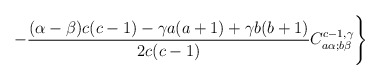
\begin{align*}- \frac{(\alpha-\beta)c(c-1) - \gamma a(a+1) + \gamma b(b+1)}{2c(c-1)} C_{a\alpha;b\beta}^{c-1,\gamma}\Biggr\}\end{align*}